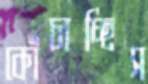
কোঁচাচ্ছিস